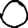
Digit: 0